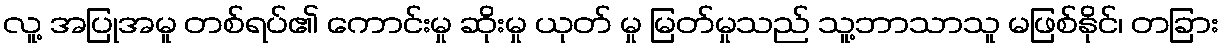
လူ့ အပြုအမူ တစ်ရပ်၏ ကောင်းမှု ဆိုးမှု ယုတ် မှု မြတ်မှုသည် သူ့ဘာသာသူ မဖြစ်နိုင်၊ တခြား